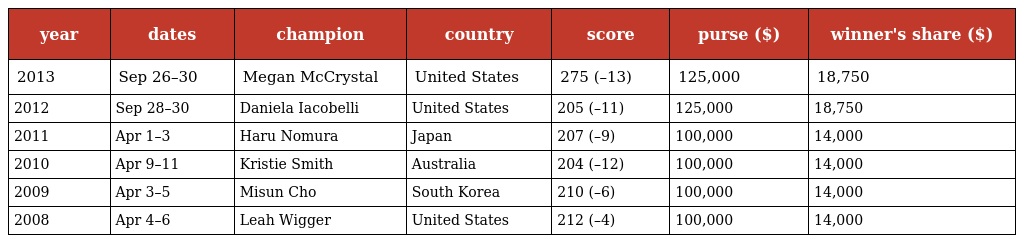
| year | dates | champion | country | score | purse ($) | winner's share ($) |
 | --- | --- | --- | --- | --- | --- | --- |
 | 2013 | Sep 26–30 | Megan McCrystal | United States | 275 (–13) | 125,000 | 18,750 |
 | 2012 | Sep 28–30 | Daniela Iacobelli | United States | 205 (–11) | 125,000 | 18,750 |
 | 2011 | Apr 1–3 | Haru Nomura | Japan | 207 (–9) | 100,000 | 14,000 |
 | 2010 | Apr 9–11 | Kristie Smith | Australia | 204 (–12) | 100,000 | 14,000 |
 | 2009 | Apr 3–5 | Misun Cho | South Korea | 210 (–6) | 100,000 | 14,000 |
 | 2008 | Apr 4–6 | Leah Wigger | United States | 212 (–4) | 100,000 | 14,000 |